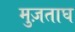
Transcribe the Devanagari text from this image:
मुज़ताघ